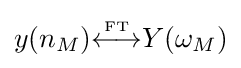
y(n_{M}){\overset {\underset {\mathrm {FT} }{}}{\longleftrightarrow }}Y(\omega _{M})